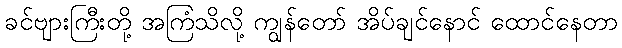
ခင်ဗျားကြီးတို့ အကြံသိလို့ ကျွန်တော် အိပ်ချင်နောင် ထောင်နေတာ